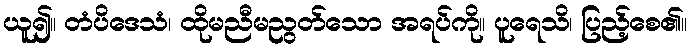
ယူ၍။ တံပိဒေသံ၊ ထိုမညီမညွတ်သော အရပ်ကို။ ပူရေသိ၊ ပြည့်စေ၏။